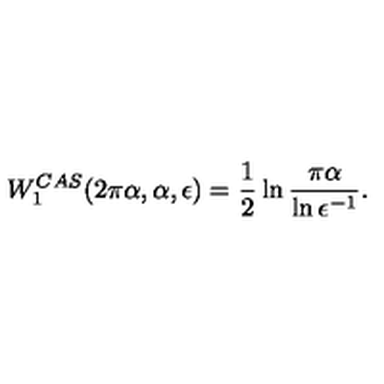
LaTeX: W _ { 1 } ^ { C A S } ( 2 \pi \alpha , \alpha , \epsilon ) = \frac 1 2 \ln { \frac { \pi \alpha } { \ln \epsilon ^ { - 1 } } } .